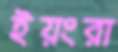
ইয়ংরা